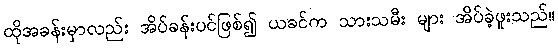
ထိုအခန်းမှာလည်း အိပ်ခန်းပင်ဖြစ်၍ ယခင်က သားသမီး များ အိပ်ခဲ့ဖူးသည်။